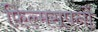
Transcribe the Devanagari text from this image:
फ़िल्मसपनों